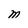
Character: M